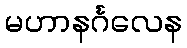
မဟာနင်္ဂလေန